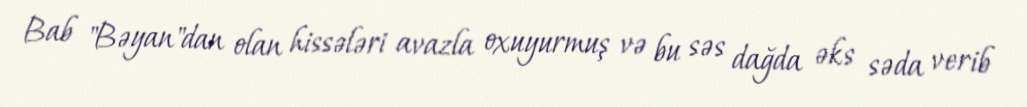
Bab "Bəyan"dan olan hissələri avazla oxuyurmuş və bu səs dağda əks səda verib